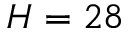
H = 2 8